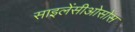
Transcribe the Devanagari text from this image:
साइलेंसीओसोस